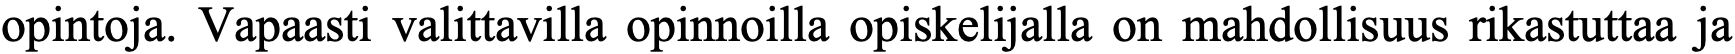
opintoja. Vapaasti valittavilla opinnoilla opiskelijalla on mahdollisuus rikastuttaa ja